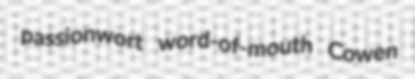
passionwort word-of-mouth Cowen